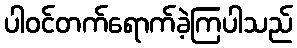
ပါဝင်တက်ရောက်ခဲ့ကြပါသည်